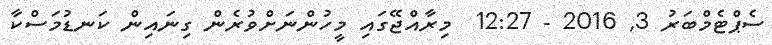
ސެޕްޓެމްބަރު 3